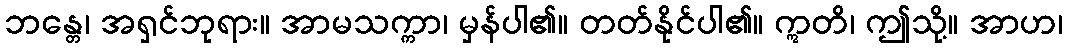
ဘန္တေ၊ အရှင်ဘုရား။ အာမသက္ကာ၊ မှန်ပါ၏။ တတ်နိုင်ပါ၏။ ဣတိ၊ ဤသို့။ အာဟ၊